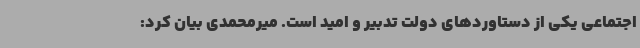
اجتماعی یکی از دستاوردهای دولت تدبیر و امید است. میرمحمدی بیان کرد: